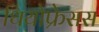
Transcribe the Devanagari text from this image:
थियोफ्रेसस